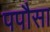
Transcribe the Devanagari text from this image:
पपौसा